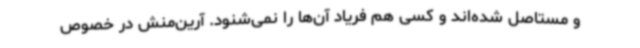
و مستاصل شده‌اند و کسی هم فریاد آن‌ها را نمی‌شنود. آرین‌منش در خصوص